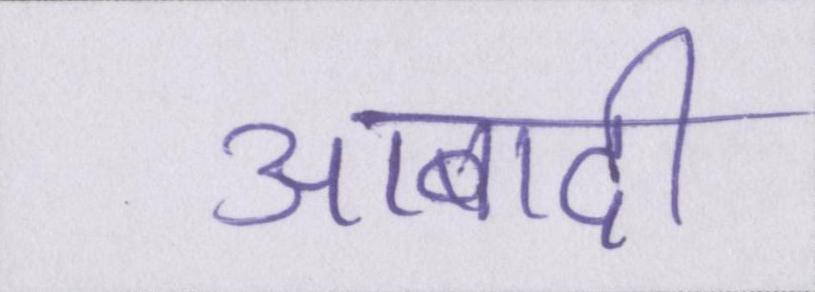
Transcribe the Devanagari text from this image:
आबादी